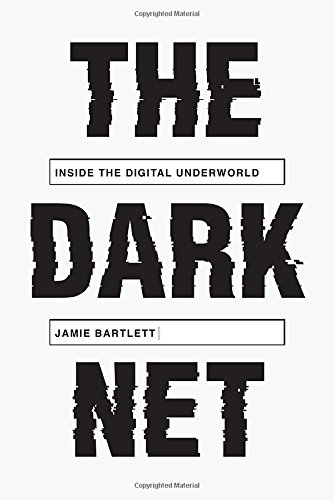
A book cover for The Dark Net: Inside the Digital Underworld; Jamie Bartlett; Computers & Technology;